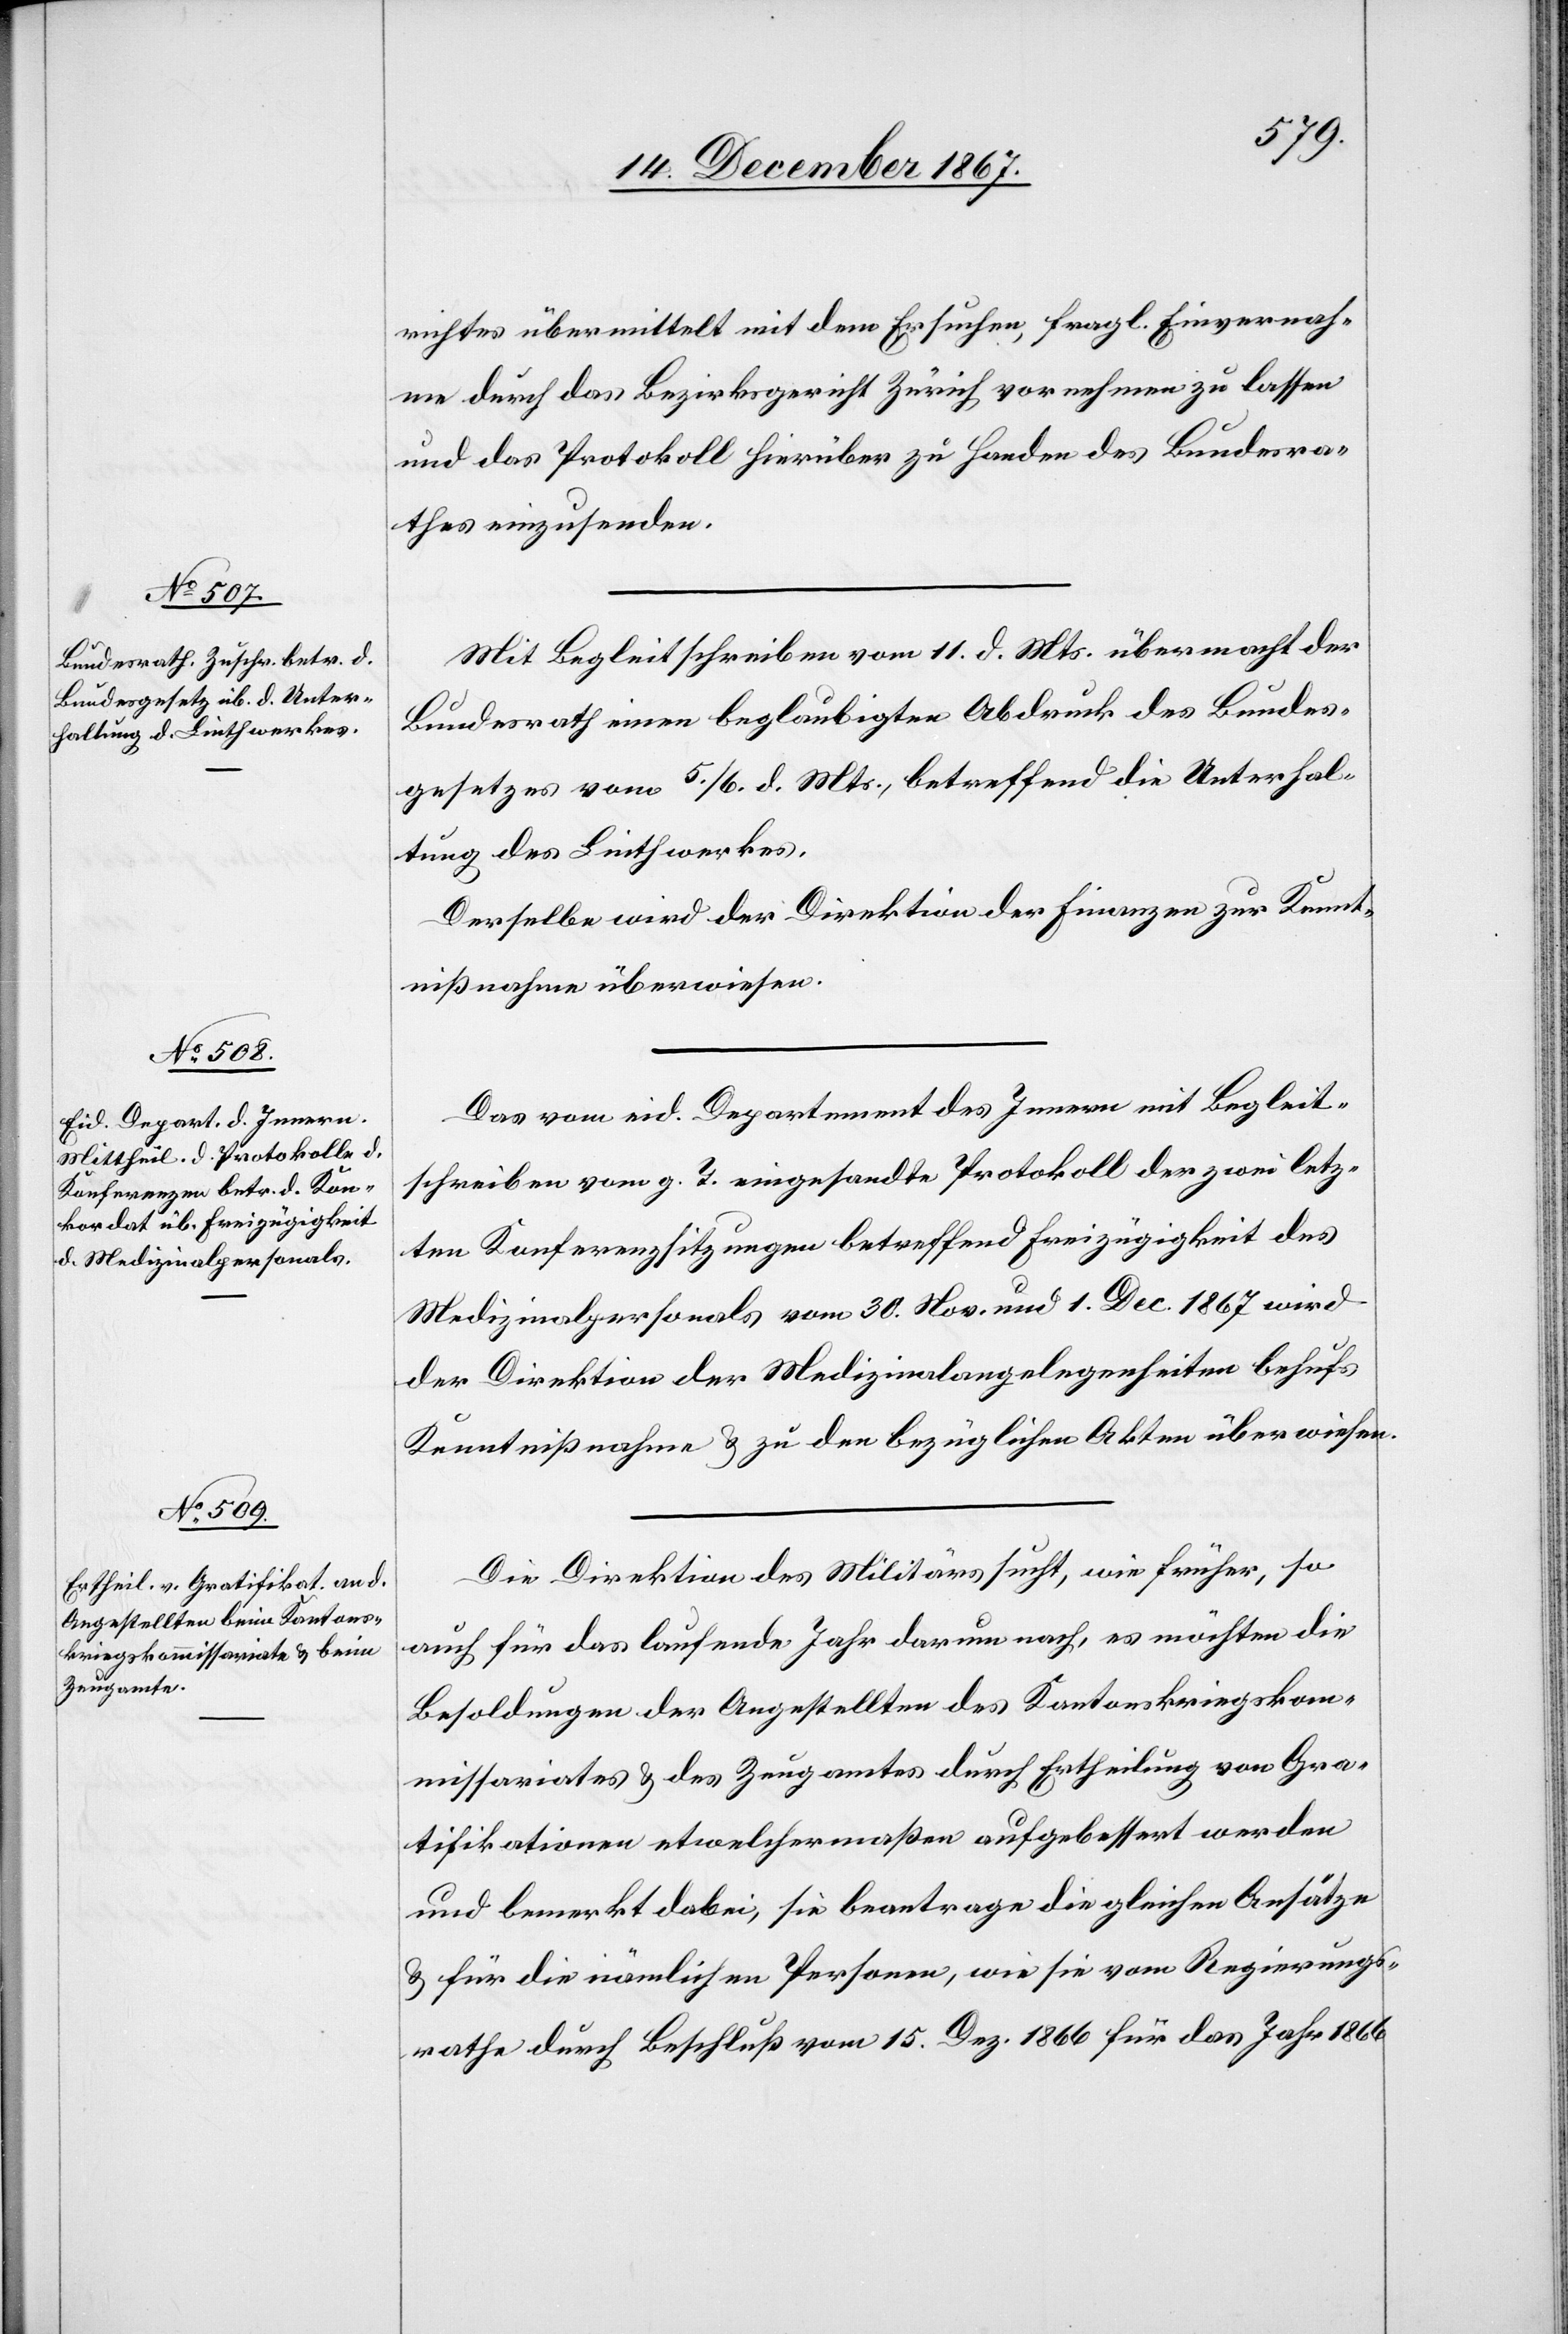
richtes übermittelt mit dem Ersuchen, fragl. Einvernah¬
me durch das Bezirksgericht Zürich vornehmen zu lassen
und das Protokoll hierüber zu Handen des Bundesra¬
thes einzusenden.
Mit Begleitschreiben vom 11. d. Mts. übermacht der
Bundesrath einen beglaubigten Abdruck des Bundes¬
gesetzes vom 5./6. d. Mts., betreffend die Unterhal¬
tung des Linthwerkes.
Derselbe wird der Direktion der Finanzen zur Kennt¬
nißnahme überwiesen.
Das vom eid. Departement des Innern mit Begleit¬
schreiben vom g. T. eingesandte Protokoll der zwei letz¬
ten Konferenzsitzungen betreffend Freizügigkeit des
Medizinalpersonals vom 30. Nov. und 1. Dec. 1867 wird
der Direktion der Medizinalangelegenheiten behufs
Kenntnißnahme u. zu den bezüglichen Akten überwiesen.
Die Direktion des Militärs sucht, wie früher, so
auch für das laufende Jahr darum nach, es möchten die
Besoldungen der Angestellten des Kantonskriegskom¬
missariates u. des Zeugamtes durch Ertheilung von Gra¬
tifikationen etwelchermaßen aufgebessert werden
und bemerkt dabei, sie beantrage die gleichen Ansätze
u. für die nämlichen Personen, wie sie vom Regierungs¬
rathe durch Beschluß vom 15. Dez. 1866 für das Jahr 1866